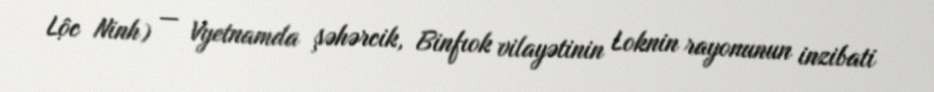
Lộc Ninh) — Vyetnamda şəhərcik, Binfıok vilayətinin Loknin rayonunun inzibati